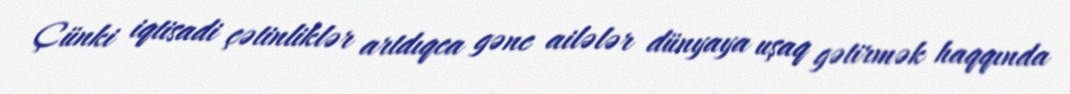
Çünki iqtisadi çətinliklər artdıqca gənc ailələr dünyaya uşaq gətirmək haqqında